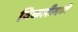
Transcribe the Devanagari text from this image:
विकलीमध्ये